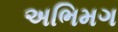
અભિમગ